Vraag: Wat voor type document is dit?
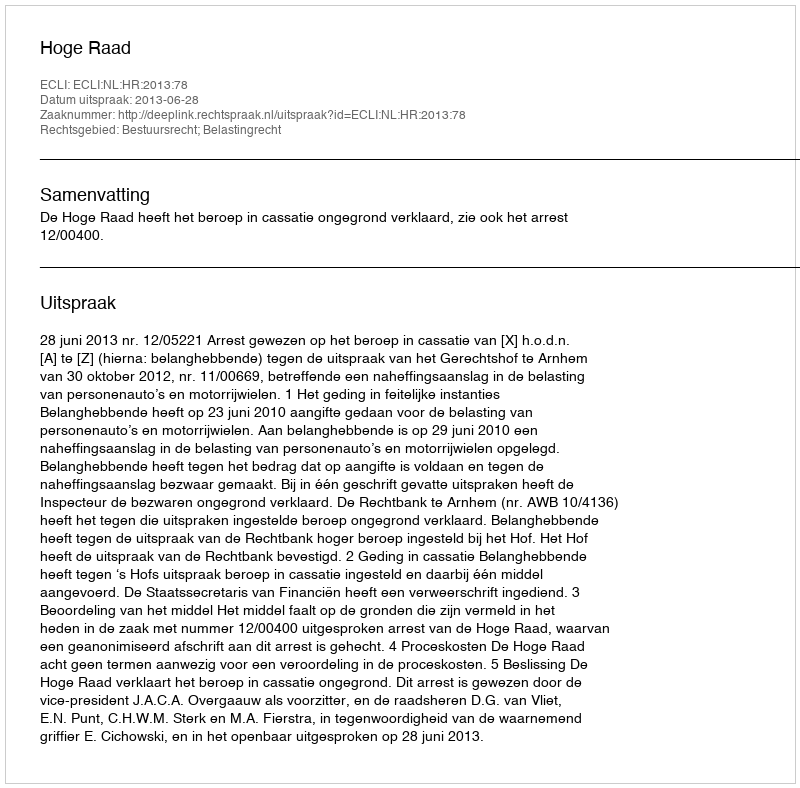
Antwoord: Uitspraak